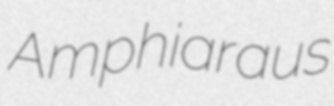
Amphiaraus